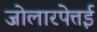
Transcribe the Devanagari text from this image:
जोलारपेत्तई